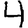
Digit: 4